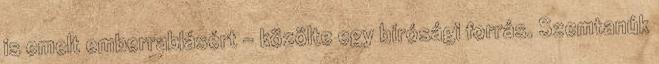
is emelt emberrablásért – közölte egy bírósági forrás. Szemtanúk